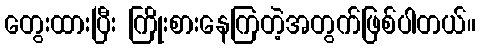
တွေးထားပြီး ကြိုးစားနေကြတဲ့အတွက်ဖြစ်ပါတယ်။